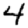
Digit: 4